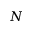
N